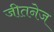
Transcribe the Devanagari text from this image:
जीतनेज